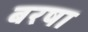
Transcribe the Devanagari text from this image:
बरषा